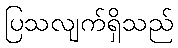
ပြသလျက်ရှိသည်